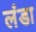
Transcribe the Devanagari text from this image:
लंडा